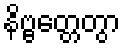
နိဗ္ဗတ္တေတွာ